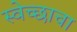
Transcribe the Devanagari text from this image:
स्वेच्छाचा